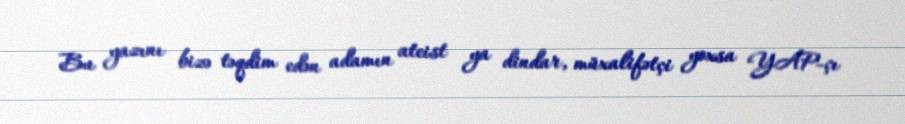
Bu yazını bizə təqdim edən adamın ateist ya dindar, müxalifətçi yoxsa YAP-çı